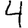
Digit: 4